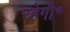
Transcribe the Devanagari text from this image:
रहेगी॰